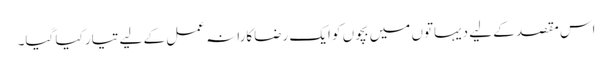
اس مقصد کے لیے دیہاتوں میں بچوں کو ایک رضاکارانہ عمل کے لیے تیار کیا گیا۔